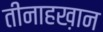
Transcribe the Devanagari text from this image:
तीनाहख़ान